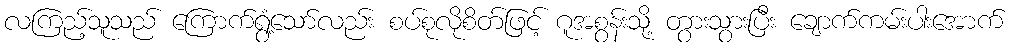
လကြည့်သူသည် ကြောက်ရွံ့သော်လည်း စပ်စုလိုစိတ်ဖြင့် ဂူအစွန်းသို့ တွားသွားပြီး ချောက်ကမ်းပါးအောက်